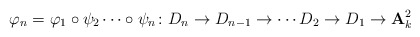
\begin{align*}\varphi_{n}=\varphi_{1}\circ\psi_{2}\cdots\circ\psi_{n} \colon D_{n}\to D_{n-1}\to\cdots D_{2}\to D_{1}\to{\mathbf{A}}_{k}^{2}\end{align*}